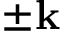
\pm \mathbf { k }